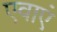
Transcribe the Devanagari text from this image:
एवाएं